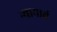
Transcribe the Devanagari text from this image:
न्यायार्थ